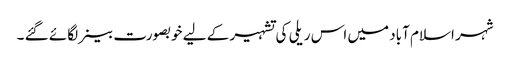
شہر اسلام آباد میں اس ریلی کی تشہیر کے لیے خوبصورت بینر لگائے گئے ۔